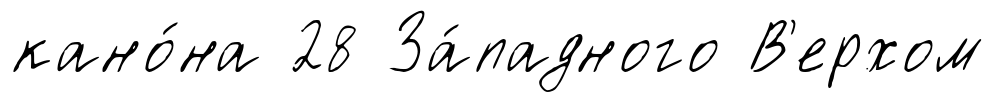
кано́на 28 За́падного В'ерхом